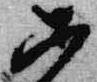
等